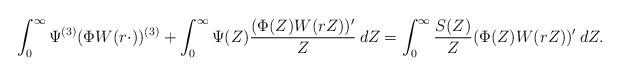
LaTeX: \begin{align*}\int_0^\infty \Psi^{(3)} (\Phi W(r\cdot))^{(3)} + \int_0^\infty \Psi(Z) \frac{ (\Phi(Z) W(rZ))'}{Z}\:dZ = \int_0^\infty \frac{S(Z)}{Z} (\Phi(Z) W(rZ))'\:dZ.\end{align*}